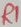
Text: R1